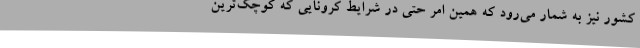
کشور نیز به شمار می‌رود که همین امر حتی در شرایط کرونایی که کوچک‌ترین